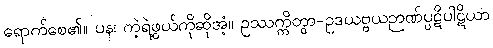
ရောက်စေ၏။ ပန၊ ကဲ့ရဲ့ဖွယ်ကိုဆိုအံ့။ ဥဿက္ကိတွာ-ဥဒယဗ္ဗယဉာဏ်ပ္ပဋိပါဋိယာ